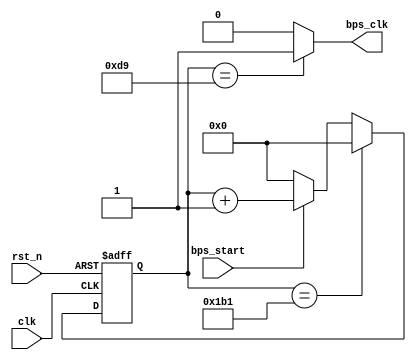
`timescale 1ns / 1ps
//////////////////////////////////////////////////////////////////////////////////
// Company: 
// Engineer: 
// 
// Design Name: 
// Module Name:    bps_set 
// Project Name: 
// Target Devices: 
// Tool versions: 
// Description: 
//
// Dependencies: 
//
// Revision: 
// Revision 0.01 - File Created
// Additional Comments: 
//
//////////////////////////////////////////////////////////////////////////////////
module bps_set(
	input clk,
	input rst_n,
	input bps_start,
	output bps_clk
    );
	reg[12:0]cnt_bps;
	parameter bps=13'd434;  //(50_000_000/9600)
	always@(posedge clk or negedge rst_n)
	    begin
	    if(!rst_n)                 cnt_bps<= 13'd0;
	    else if(cnt_bps==bps-1'b1) cnt_bps<= 13'd0;
	    else if(bps_start)         cnt_bps<= cnt_bps+1'b1;
	    else                       cnt_bps<= 1'b0;
	    end
	assign bps_clk=(cnt_bps==13'd217)?1'b1:1'b0;
endmodule